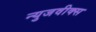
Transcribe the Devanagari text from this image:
न्युजवीक्स